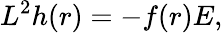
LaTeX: L^{2}h(r)=-f(r)E,